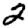
Digit: 2